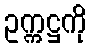
ဥက္ကဋ္ဌကို